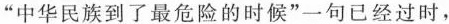
”中华民族到了最危险的时候”一句已经过时，